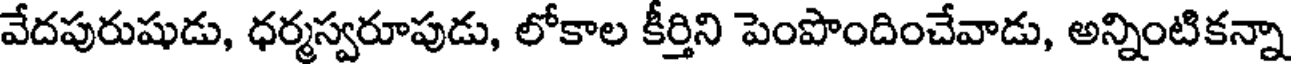
వేదపురుషుడు, ధర్మస్వరూపుడు, లోకాల కీర్తిని పెంపొందించేవాడు, అన్నింటికన్నా